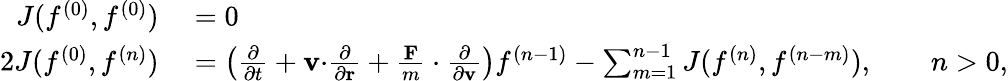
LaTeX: \begin{array}{rl}{J(f^{(0)},f^{(0)})}&{{}=0}\\ {2J(f^{(0)},f^{(n)})}&{{}=\left({\frac{\partial}{\partial t}}+\mathbf{v\cdot}{\frac{\partial}{\partial\mathbf{r}}}+{\frac{\mathbf{F}}{m}}\cdot{\frac{\partial}{\partial\mathbf{v}}}\right)f^{(n-1)}-\sum_{m=1}^{n-1}J(f^{(n)},f^{(n-m)}),\qquad n>0,}\end{array}